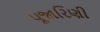
પૂજારિણી